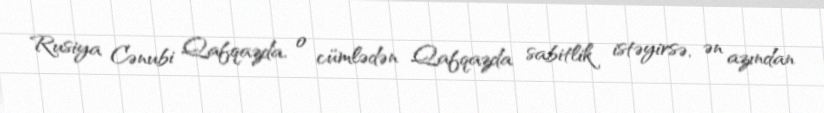
Rusiya Cənubi Qafqazda, o cümlədən Qafqazda sabitlik istəyirsə, ən azından